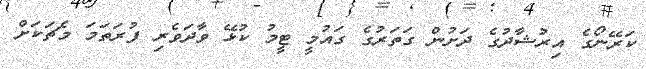
ކަރޭނޯގެ އިރުޝާދުގެ ދަށުން ގަތަރުގެ ގައުމީ ޓީމު ކުޅޭ ވާދަވެރި ފުރަތަމަ މެޗަކަށް